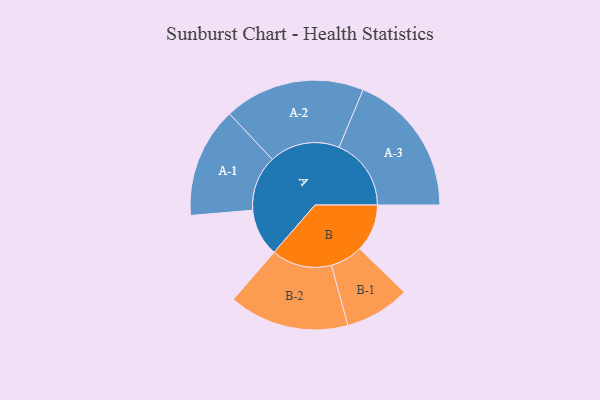
{"axis": {"x": "Segment", "y": "Value"}, "legend": ["", "A", "B"], "data": [{"x": "A", "y": 194, "type": ""}, {"x": "B", "y": 194, "type": ""}, {"x": "A-1", "y": 226, "type": "A"}, {"x": "A-2", "y": 288, "type": "A"}, {"x": "A-3", "y": 295, "type": "A"}, {"x": "B-1", "y": 133, "type": "B"}, {"x": "B-2", "y": 246, "type": "B"}]}